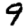
Digit: 9